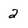
Character: 2